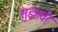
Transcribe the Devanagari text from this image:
सुझावो